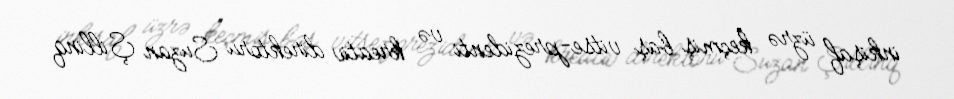
inkişaf üzrə keçmiş baş vitse-prezidenti və kreativ direktoru Suzan Şillinq